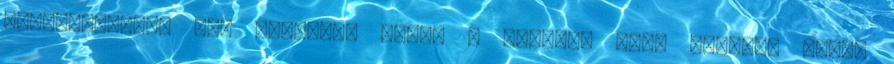
ellenfelekkel már könnyebb lesz. - Örülök, hogy Kristóf kezdi